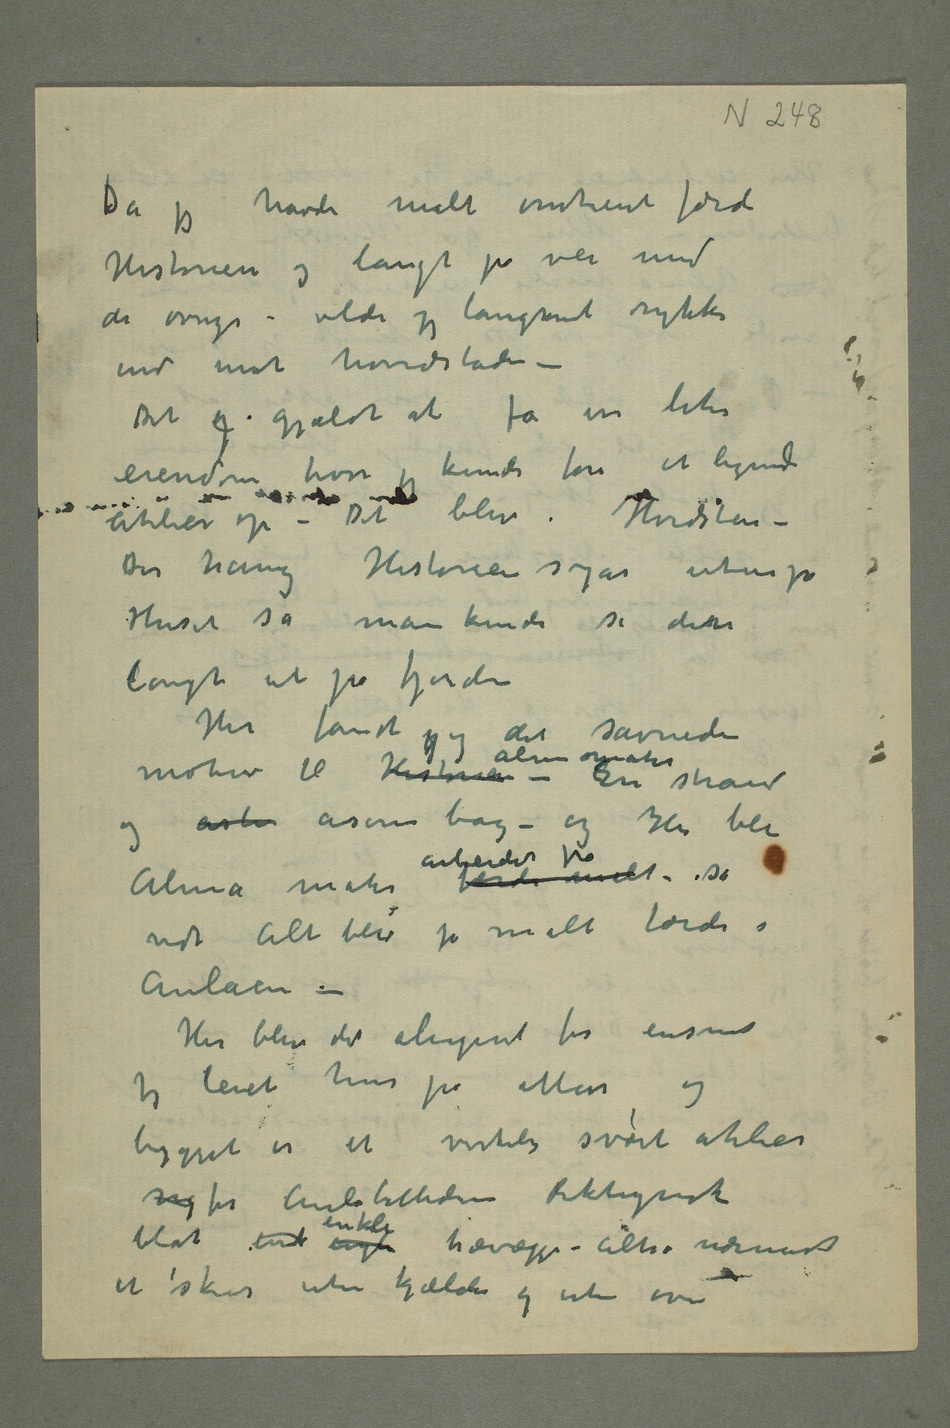
Da jeg havde malt omtrent færdi
Historien og langt på vei med
de øvrige – vilde jeg langsomt rykke
ind mot hovedstaden –
Det g gjaldt at få en liten eiendom hvor
jeg kunde føre et lignende
Der hang Historien sogar utenpå
Huset så man kunde se detn
langt ute på fjorden
Her fandt jeg det savnede
motiv til Historien Alma Mater – En strand
og åsl åserne bag – og Her ble
Alma mater færdi malt arbeidet på, så
vidtAlt blev jo malt færdi i
Aulaen –
Her blev det aligevel for ensomt
Jeg leiet hus på Moss og
bygget en et virkelig svært atelier
for AulabilledeneRiktignok
blot int engl enkle trævægger – altså nærmest
et skur uten kjælder og uten ovn